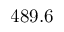
4 8 9 . 6